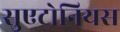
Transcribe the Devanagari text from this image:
सुएटोनियस